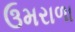
ઉમરાળા